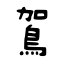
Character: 鴐